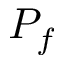
P _ { f }